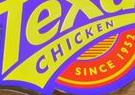
chicken